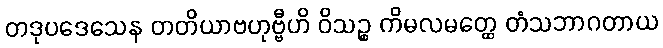
တဒုပဒေသေန တတိယာဗဟုဗ္ဗီဟိ ဝိသဉ္စ ကိမလမတ္ထေ တံသဘာဂတာယ